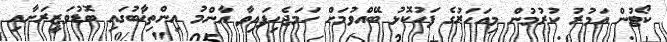
ކޯޓުން އަމުރު ކުރުމުން މިއަހަރުގެ ފަހުކޮޅު ބޭއްވުމަށް ހަމަޖެހިފައިވާ އާންމު އިންތިޚާބުގައި ބޮޑުވަޒީރަށާއި